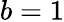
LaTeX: b=1